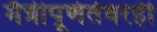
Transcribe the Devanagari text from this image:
मैत्रीपूर्णतेवरही